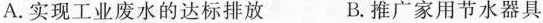
A.实现工业废水的达标排放 B.推广家用节水器具